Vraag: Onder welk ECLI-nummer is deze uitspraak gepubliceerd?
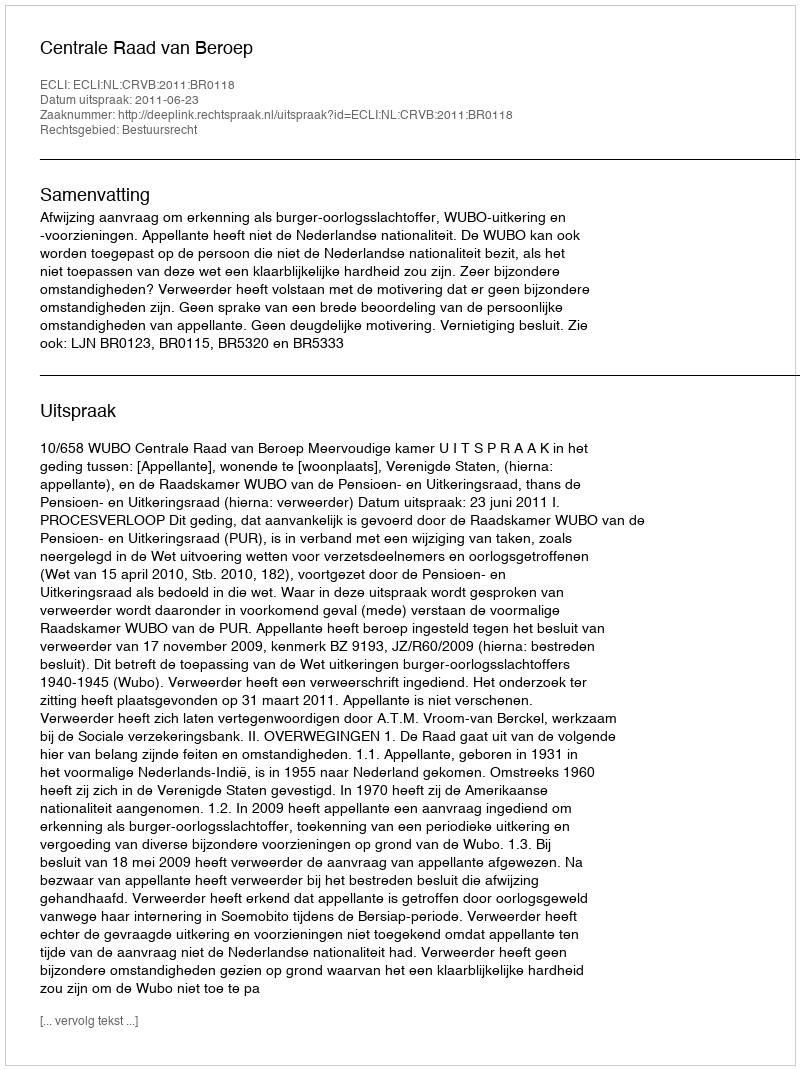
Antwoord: ECLI:NL:CRVB:2011:BR0118